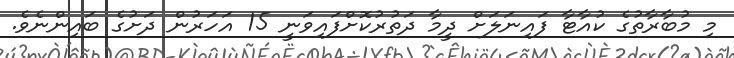
މި މުބާރާތުގެ ކުއާޓާ ފައިނަލަށް ދީމާ ދަތުރުކޮށްފައިވަނީ 15 އަހަރުން ދަށުގެ ބައިންނެވެ.